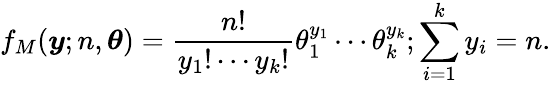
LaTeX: f_{M}(\boldsymbol y;n,\boldsymbol{\theta})=\frac{n!}{y_{1}!\cdots y_{k}!}\theta_{1}^{y_{1}}\cdots\theta_{k}^{y_{k}};\sum_{i=1}^{k}y_{i}=n.